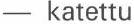
- katettu